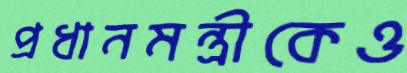
প্রধানমন্ত্রীকেও